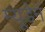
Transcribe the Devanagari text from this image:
म्यूडेन